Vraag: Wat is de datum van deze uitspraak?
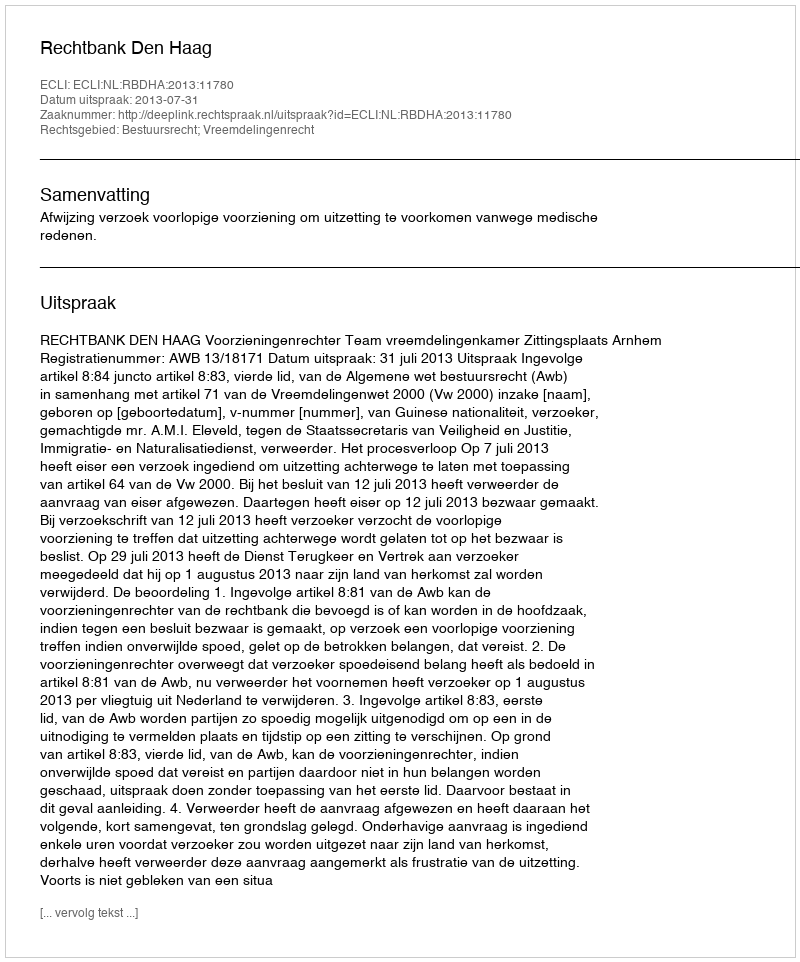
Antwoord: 2013-07-31